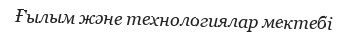
Ғылым және технологиялар мектебі